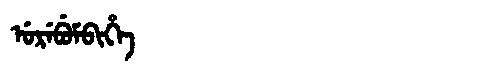
Manchu: ᡠᡵᡝᠪᡠᠮᠪᡳᡥᡝ
Romanization: UREBUMBIHE